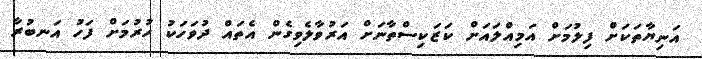
އަނިޔާތަކަށް ފިލުމަށް އަމިއްލައަށް ކަޒަކިސްތާނަށް އަރުވާލެވިިގެން އެތައް ދުވަހަކު ހުރުމަށް ފަހު އަނބުރާ